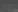
国